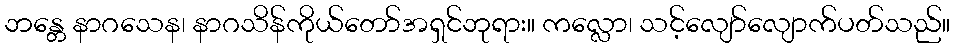
ဘန္တေ နာဂသေန၊ နာဂသိန်ကိုယ်တော်အရှင်ဘုရား။ ကလ္လော၊ သင့်လျော်လျောက်ပတ်သည်။